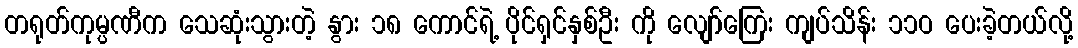
တရုတ်ကုမ္ပဏီက သေဆုံးသွားတဲ့ နွား ၁၈ ကောင်ရဲ့ ပိုင်ရှင်နှစ်ဦး ကို လျော်ကြေး ကျပ်သိန်း ၁၁ဝ ပေးခဲ့တယ်လို့